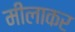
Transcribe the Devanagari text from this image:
मीलाकर